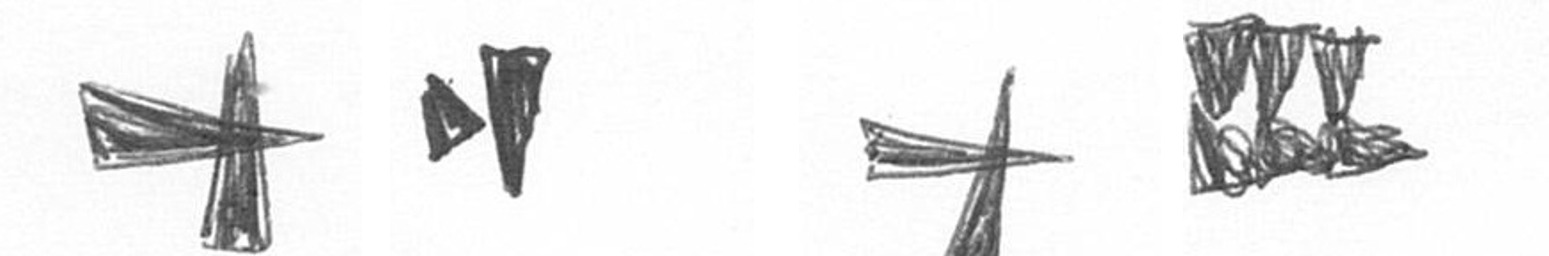
G M G D